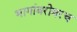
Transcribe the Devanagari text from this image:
भागांबरोबरच